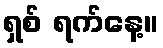
ရှစ် ရက်နေ့။